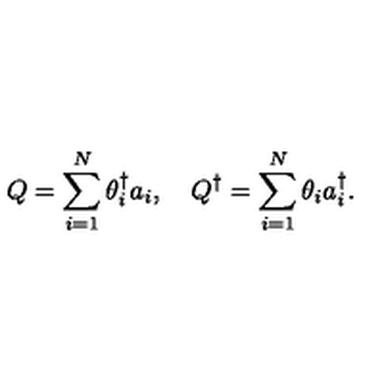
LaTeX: Q = \sum _ { i = 1 } ^ { N } \theta _ { i } ^ { \dagger } a _ { i } , \quad Q ^ { \dagger } = \sum _ { i = 1 } ^ { N } \theta _ { i } a _ { i } ^ { \dagger } .